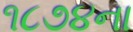
૧૮૭૪ના